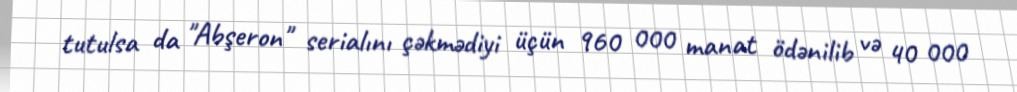
tutulsa da "Abşeron" serialını çəkmədiyi üçün 960 000 manat ödənilib və 40 000